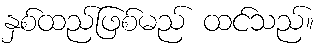
နှစ်ထည်ဖြစ်မည် ထင်သည်။